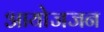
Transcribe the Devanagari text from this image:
आयोजजन